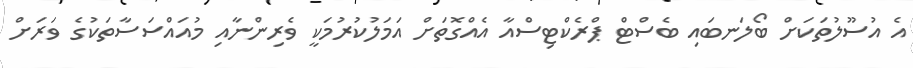
އެ އުސޫލުތަކަށް ބޯލަނބައި ބެސްޓް ޕްރެކްޓިސްއާ އެއްގޮތަށް އަމަލުކުރުމަކީ ވެރިންނާއި މުއައްސަސާތަކުގެ ވަރަށް